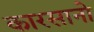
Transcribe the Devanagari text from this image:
कारसानो